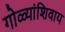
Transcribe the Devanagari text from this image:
गोळ्यांशिवाय